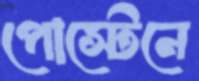
পোস্টেনে